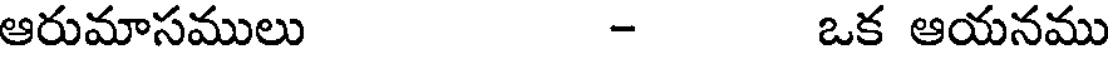
ఆరుమాసములు - ఒక ఆయనము